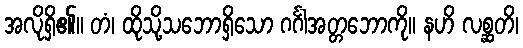
အလိုရှိ၏။ တံ၊ ထိုသို့သဘောရှိသော ဂင်္ဂါအတ္တဘောကို။ နဟိ လစ္ဆတိ၊